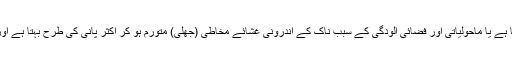
بعض لوگوں میں یہ بگڑ کر دائمی زکام کی شکل اختیار کرلیتا ہے یا ماحولیاتی اور فضائی آلودگی کے سبب ناک کے اندرونی غشائے مخاطی (جھلی) متورم ہو کر اکثر پانی کی طرح بہتا ہے اور چھینکیں آتی ہیں یاکسی سبب الرجی کے باعث ایسا ہوتا ہے۔